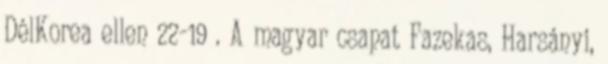
DélKorea ellen 22-19 . A magyar csapat Fazekas, Harsányi,